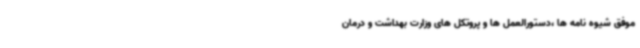
موفق شیوه نامه ها ،دستورالعمل ها و پروتکل های وزارت بهداشت و درمان